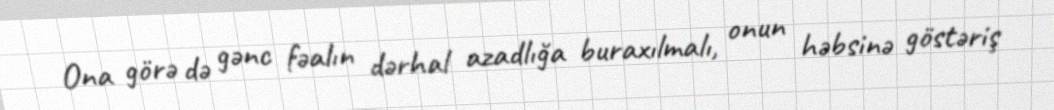
Ona görə də gənc fəalın dərhal azadlığa buraxılmalı, onun həbsinə göstəriş